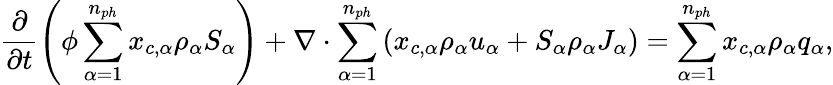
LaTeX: \frac{\partial}{\partial t}\left(\phi\sum_{\alpha=1}^{n_{ph}}{x_{c,\alpha}\rho_{\alpha}S_{\alpha}}\right)+\nabla\cdot\sum_{\alpha=1}^{n_{ph}}\left({x_{c,\alpha}\rho_{\alpha}u_{\alpha}}+S_{\alpha}\rho_{\alpha}J_{\alpha}\right)=\sum_{\alpha=1}^{n_{ph}}{x_{c,\alpha}\rho_{\alpha}q_{\alpha}},